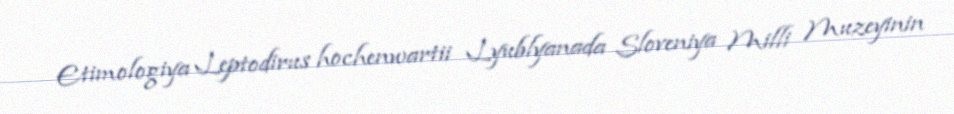
Etimologiya Leptodirus hochenwartii Lyublyanada Sloveniya Milli Muzeyinin